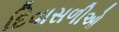
દિવાસળીઓ